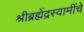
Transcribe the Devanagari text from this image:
श्रीब्रह्मेंद्रस्वामींचे